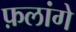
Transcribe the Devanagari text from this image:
फ़लांगे